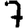
Digit: 7